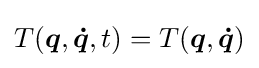
T({\boldsymbol {q}},{\boldsymbol {\dot {q}}},t)=T({\boldsymbol {q}},{\boldsymbol {\dot {q}}})